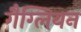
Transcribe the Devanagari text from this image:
गैग्लियन